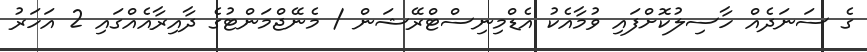
ގެ ސަނަދެއް ހާސިލުކޮށްފައި ވުމާއެކު އެޑްމިނިސްޓްރޭޝަން / މެނޭޖްމަންޓުގެ ދާއިރާއެއްގައި 2 އަހަރު